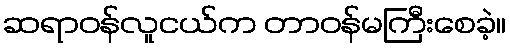
ဆရာဝန်လူငယ်က တာဝန်မကြီးစေခဲ့။